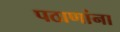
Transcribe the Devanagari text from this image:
पठाणांना